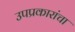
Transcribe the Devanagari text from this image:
उपप्रकारांचा